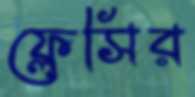
ফ্লেসির